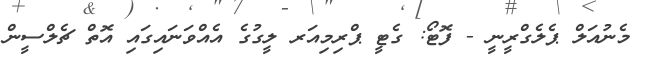
މެނުއަލް ޕެލެގްރީނީ - ފޮޓޯ: ގެޓީ ޕްރިމިއަރ ލީގުގެ އެއްވަނައިގައި އޮތް ޗެލްސީން